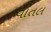
વાતલ